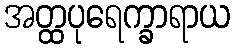
အတ္ထပုရေက္ခာရာယ